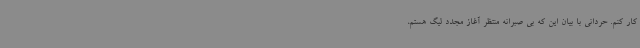
کار کنم. حردانی با بیان این که بی صبرانه منتظر آغاز مجدد لیگ هستم،